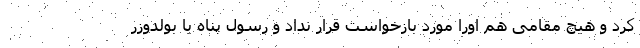
کرد و هیچ مقامی هم اورا مورد بازخواست قرار نداد و رسول پناه با بولدوزر